Vaccination in Bombay 1869-1873 - 1869-1873
Year: 1869
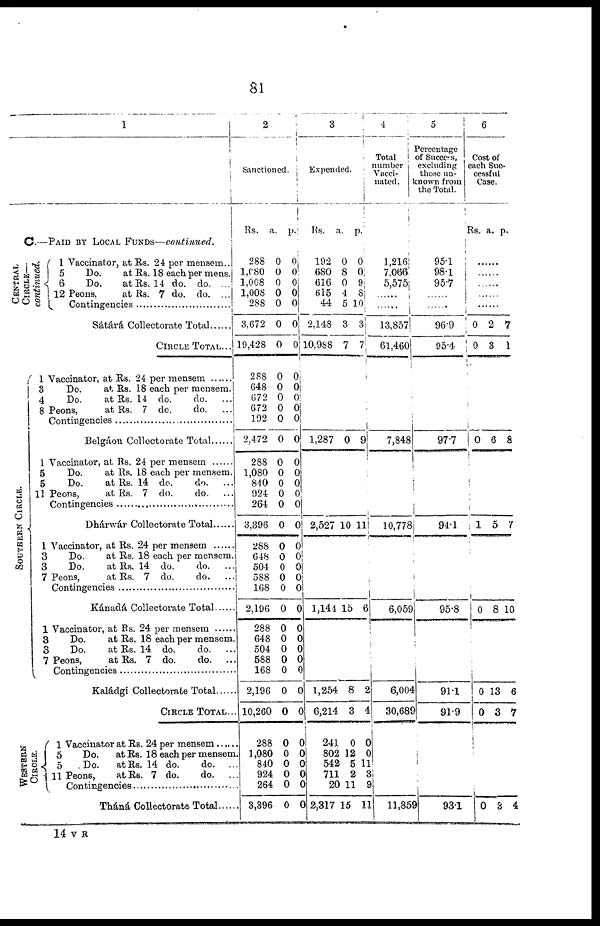
81
1
C.—PAID BY LOCAL FUNDS—continued.
CENTRAL
CIRCLE—
continued.
SOUTHERN CIRCLE.
1
5
6
12
Vaccinator, at Rs. 24 per mensem..
Do.
at Rs. 18 each per mens.
Do.
at Rs. 14 do. do. ...
Peons,
at Rs. 7 do. do. ...
Contingencies ................
Sátárá Collectorate Total .............
CIRCLE TOTAL...
1
3
4
8
Vaccinator, at Rs. 24 per mensem ........
Do.
at Rs. 18 each per mensem.
Do.
at Rs. 14 do.
do.
...
Peons,
at Rs. 7 do.
do.
...
Contingencies ...............
Belgáon Collectorate Total
1
5
5
11
Vaccinator, at Rs. 24 per mensem
Do.
at Rs. 18 each per mensem.
Do.
at Rs. 14 do.
do. ...
Peons,
at Rs. 7 do.
do. ...
Contingencies ...................
Dhánvár Collectorate Total
1
3
3
7
Vaccinator, at Rs. 24 per mensem ........
Do.
at Rs. 18 each per mensem.
Do.
at Rs. 14 do.
do. ...
Peons,
at Rs. 7 do.
do. ...
Contingencies ............
Kánadá Collectorate Total
1
3
3
7
Vaccinator, at Rs.24 per mensem ......
Do.
at Rs. 18 each per mensem.
Do.
at Rs. 14 do.
do.
Peons,
at Rs. 7 do.
do.
Contingencies ...............
Kaládgí Collectorate Total
CIRCLE TOTAL...
WESTERN
CIRCLE.
1
5
5
11
Vaccinator at Rs. 24 per mensem ......
Do.
at Rs. 18 each per mensem
Do.
at Rs. 14 do.
do. ...
Peons,
at Rs. 7 do.
do.
Contingencies ..............
Tháná Collectorate Total
2
Sanctioned.
Rs.
288
1,080
1,008
1,008
288
3,672
19,428
288
648
672
672
192
2,472
288
1,080
840
924
264
3,396
288
648
504
588
168
2,196
288
648
504
588
168
2,196
10,260
288
1,080
840
924
264
3,896
a
0
0
0
0
0
0
0
0
0
0
0
0
0
0
0
0
0
0
0
0
0
0
0
0
0
0
0
0
0
0
0
0
0
0
0
0
0
0
p.
0
0
0
0 0
0
0
0
0 0
0
0
0
0
0
0
0 0
0 0
0
0
0
0
0
0
0
0
0
0
0
0
0
0
0
0
0
0
3
Expended.
Rs.
192
680
616
615
44
2,148
10,988
1,287
2,527
1,141
1,254
6,214
241
802
542
711
20
2,317
a.
0
8
0
4
5
3
7
0
10
15
8
3
0
12
5
2
11
15
p.
0
0
9
8
10
3
7
9
11
6
2
4
0
0
11
3
9
11
4
Total
number
Vacci-
nated.
1,216
7,066
5,575
......
13,857
61,460
7,848
10,778
6,059
6,004
30,689
11,859
5
Percentage
of Success,
excluding
those un-
-nown from
the Total.
95.1
98.1
95.7
......
969
95.4
97.7
941
95.8
91.1
91.9
93.1
6
Cost of
each Suc-
cessful
Case.
Rs. a. p.
......
......
......
......
......
0
0
0
1
0
0
0
0
2
3
6
5
8
13
3
3
7
1
8
7
10
6
7
4
14 V R